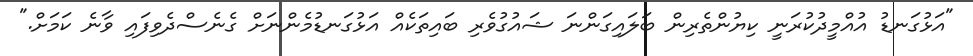
"އަޅުގަނޑު އުއްމީދުކުރަނީ ކިޔުންތެރިން ބަލައިގަންނަ ޝައުގުވެރި ބައިތަކެއް އަޅުގަނޑުމެންނަށް ގެނެސްދެވިފައި ވާނެ ކަމަށް."